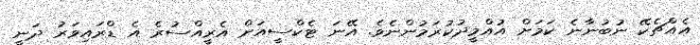
އެއްޗެކޭ ނުބުނާނެ ކަމަށް އުއްމީދުކުރަމުންނެވެ. އޭނަ ޓެކްސީއަށް އެރީއްސުރެ އެ ޑްރައިވަރު ދަނީ